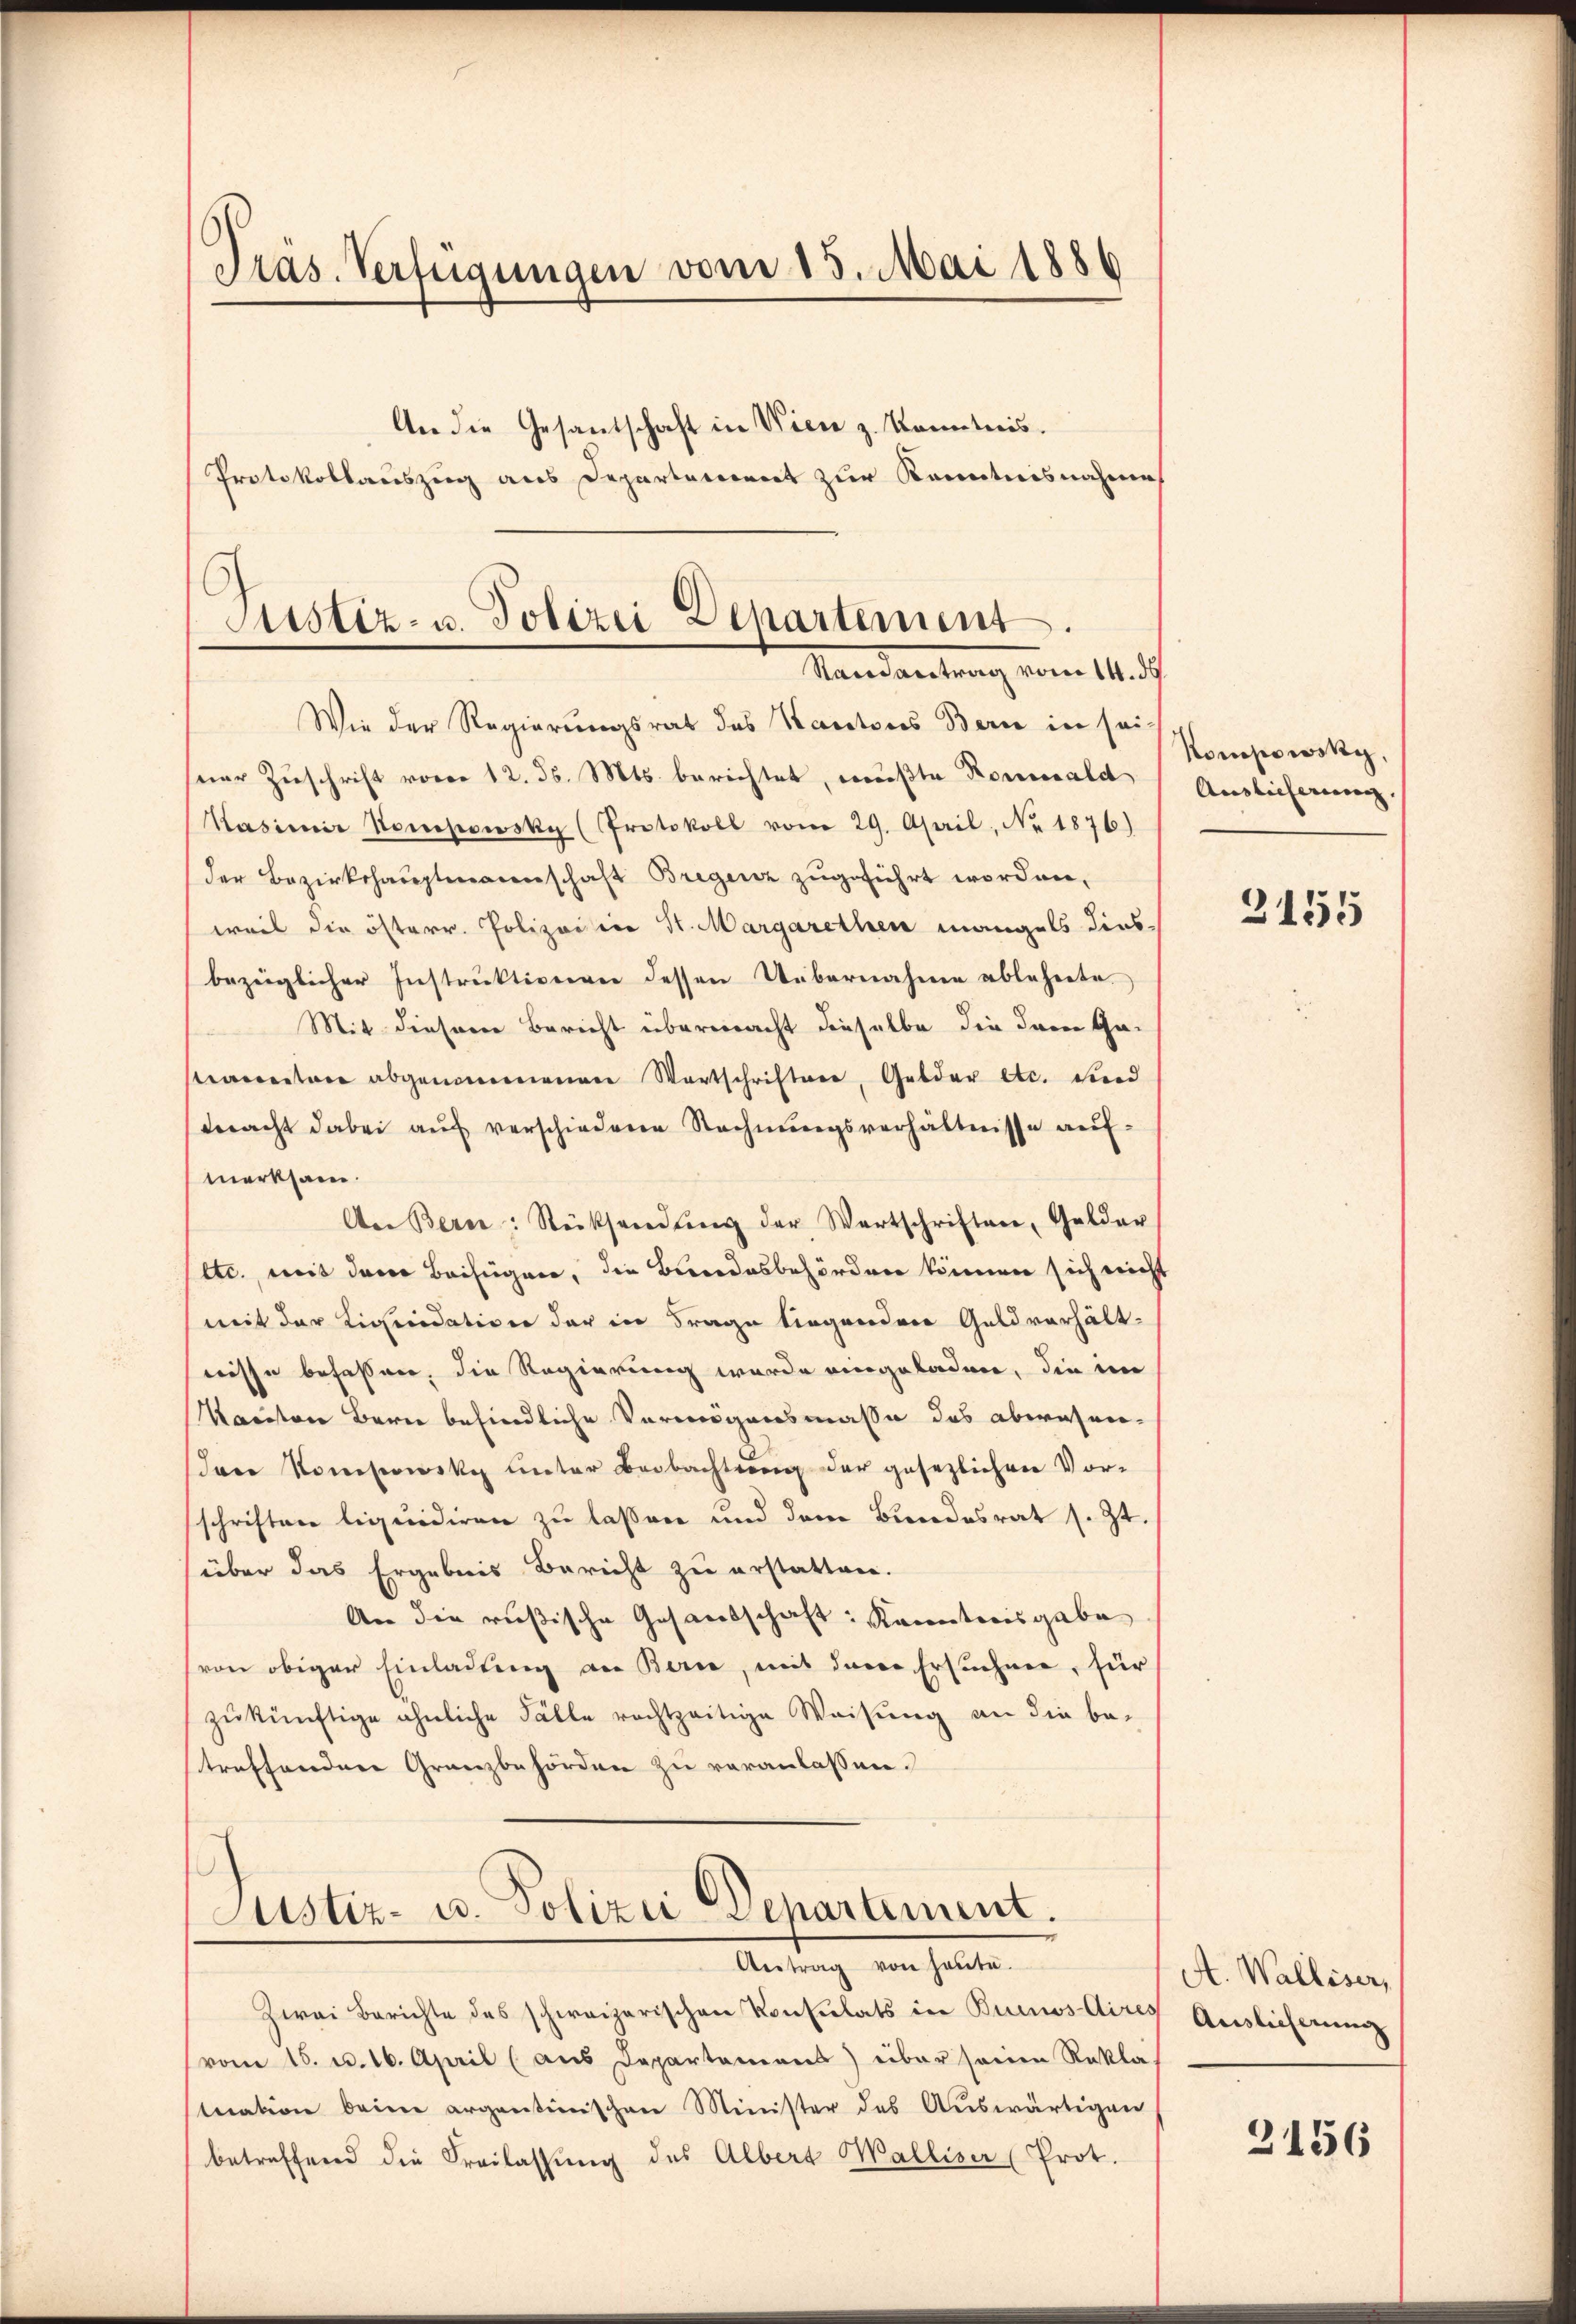
Pras. Verfügungen vom 13. Mai 1886
An die Gesandschaft in Wien z. Konntnis.
Protokollauszug aus Departement zur Kenntnisnahme

Justiz- u. Polizei Departement.
Mandantrag vom 1.

Wie der Regierungsrat des Kantons Bern in sei-
ner Zuschrift voror 12. d. Mts. berichtet, mußte Koniald
Kasimir kompowsky (Protokoll vom 29. April, No 1876)
der Bezirkshauptmanenschaft Bregenz zugeführt worden,
weil die österr. Polizeisen St. Margarethen mangels dies
bezüglicher Instruktiverei dessen Uebernahme ablehnete.
Mit dieser Bericht überwacht dieselbe die der Gaarrentare abgenommenen Wortschriften, Gelder etc. und
macht dabei auf verschiedene Rechnungsverhältnisse aufmerksam.
An Bern: Rücksendŭng der Wartschriften, Gelder
etc., mit dem Beifügen, die Bundesbehörden können sich nicht
mit der Liquidation der in Frage liegendrer Geldverhält-
wisse befassen, die Regierung wurde eingeladen, die im
Kanton Bern befindliche Vermögensmasse das abwesen-
das Konsowsky unter Beobachtung der gesezlichen Vorschriften liquidiren zu lassen und dem Bundesrat s. Zt.
über das Ergebnis Bericht zu erstatten.
An die rußische Gesandschaft: Kantonisgabe
(von obiger Einladung an Berne, mit dem Ersuchen, für
zŭkünftige ähnliche Fälle rechtzeitige Weisung an die be-
treffenden Granzbehörden zu veranlassen.

d
Justiz- u. Polizei Departement.
Antrag von heute.

Zwei Berichte des schweizerischen Konsulats in Buenos Aires Auslieferung
vom 15. d. 16. April (aus Departamens) über seine Rekla
tuation beim argentinischen Minister des Auswärtigen
betreffend die Freilassung des Albert Walliser (Prot.

Kompowsky,
Auslieferung.

3155

A. Walliser,

3156